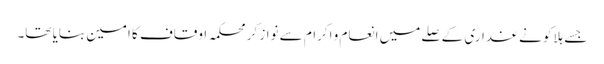
جسے ہلاکو نے غداری کے صلے میں انعام و اکرام سے نواز کر محکمہ اوقاف کا امین بنایا تھا۔